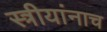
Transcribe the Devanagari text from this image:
स्त्रीयांनाच